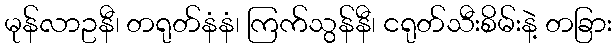
မုန်လာဥနီ၊ တရုတ်နံနံ၊ ကြက်သွန်နီ၊ ငရုတ်သီးစိမ်းနဲ့ တခြား